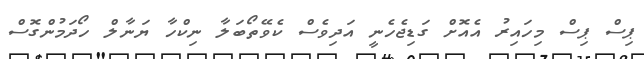
ޕިސް ޕިސް މިހައިރު އެއޮށް ގަޑިޖެހެނީ އަދިވެސް ކެވޭތޯބަލާ ނިކްހާ ޔަނާލް ހޯދަމުންގޮސް